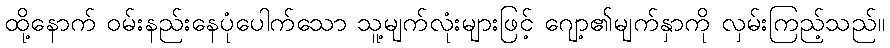
ထို့နောက် ဝမ်းနည်းနေပုံပေါက်သော သူ့မျက်လုံးများဖြင့် ဂျော့၏မျက်နှာကို လှမ်းကြည့်သည်။